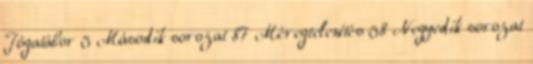
Jógatábor 5 Második sorozat 87 Méregtelenítés 58 Negyedik sorozat